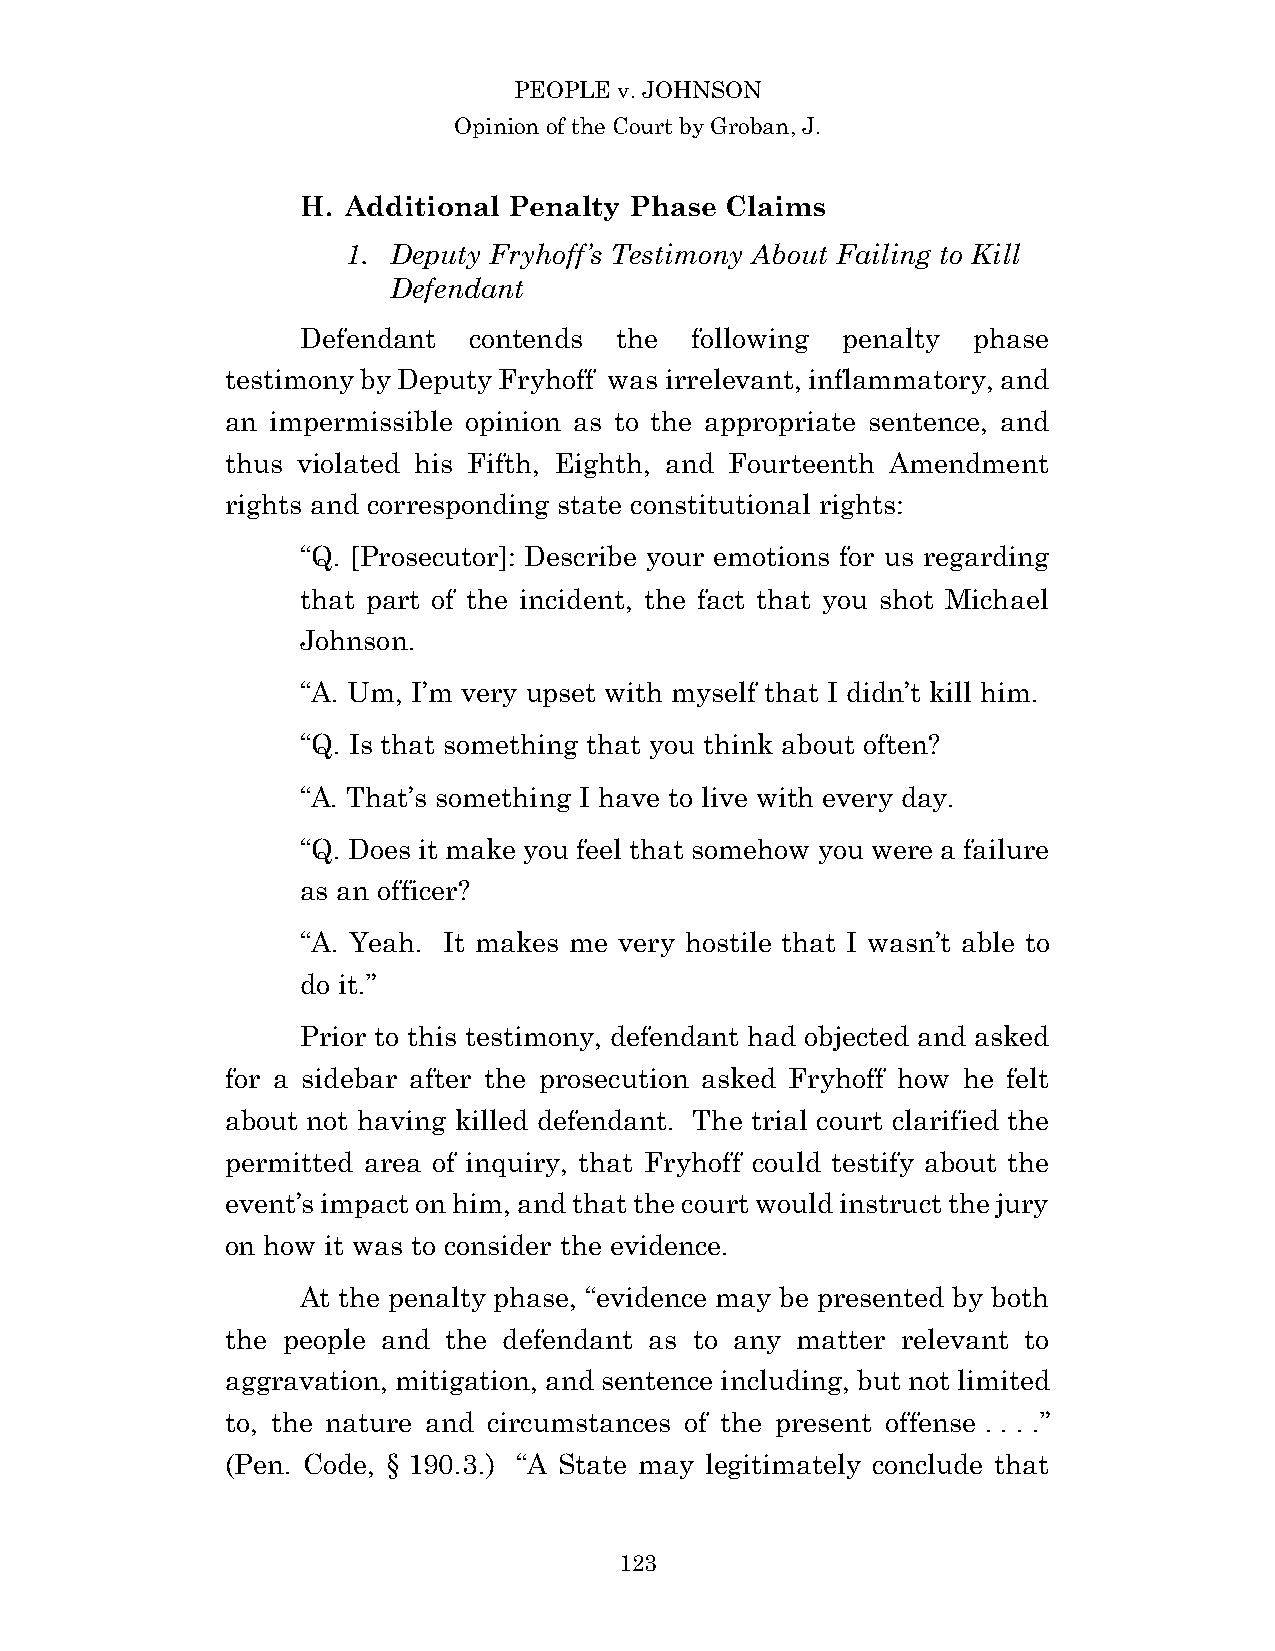
PEOPLE v. JOHNSON
 Opinion of the Court by Groban, J.
 H. Additional Penalty Phase Claims
 1. Deputy Fryhoff’s Testimony About Failing to Kill
 Defendant
 Defendant  contends  the  following penalty phase
 testimony by Deputy Fryhoff was irrelevant, inflammatory, and
 an impermissible opinion as to the appropriate sentence, and
 thus violated his Fifth, Eighth, and Fourteenth Amendment
 rights and corresponding state constitutional rights:
 “Q. [Prosecutor]: Describe your emotions for us regarding
 that part of the incident, the fact that you shot Michael
 Johnson.
 “A. Um, I’m very upset with myself that I didn’t kill him.
 “Q. Is that something that you think about often?
 “A. That’s something I have to live with every day.
 “Q. Does it make you feel that somehow you were a failure
 as an officer?
 “A. Yeah. It makes me very hostile that I wasn’t able to
 do it.”
 Prior to this testimony, defendant had objected and asked
 for a sidebar after the prosecution asked Fryhoff how he felt
 about not having killed defendant. The trial court clarified the
 permitted area of inquiry, that Fryhoff could testify about the
 event’s impact on him, and that the court would instruct the jury
 on how it was to consider the evidence.
 At the penalty phase, “evidence may be presented by both
 the people and the defendant as to any matter relevant to
 aggravation, mitigation, and sentence including, but not limited
 to, the nature and circumstances of the present offense . . . .”
 (Pen. Code, § 190.3.) “A State may legitimately conclude that
 12 3